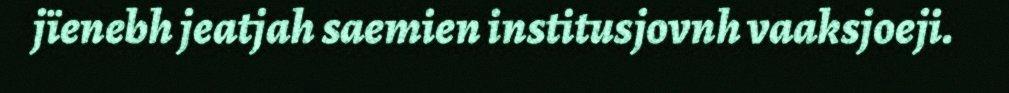
jïenebh jeatjah saemien institusjovnh vaaksjoeji.